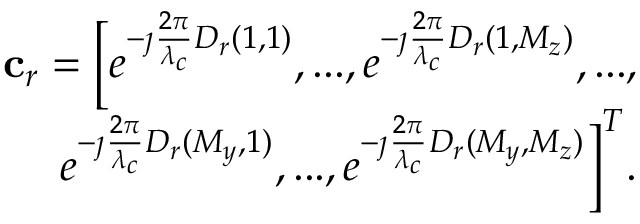
\begin{array} { r } { \mathbf { c } _ { r } = \Big [ e ^ { - \jmath { \frac { 2 \pi } { \lambda _ { c } } } D _ { r } ( 1 , 1 ) } , . . . , e ^ { - \jmath { \frac { 2 \pi } { \lambda _ { c } } } D _ { r } ( 1 , M _ { z } ) } , . . . , } \\ { e ^ { - \jmath { \frac { 2 \pi } { \lambda _ { c } } } D _ { r } ( M _ { y } , 1 ) } , . . . , e ^ { - \jmath { \frac { 2 \pi } { \lambda _ { c } } } D _ { r } ( M _ { y } , M _ { z } ) } \Big ] ^ { T } . } \end{array}